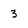
Character: 3